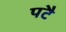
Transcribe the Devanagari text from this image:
पटै